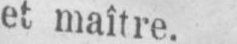
et maître.